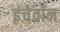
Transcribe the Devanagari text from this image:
इंचेवॉन